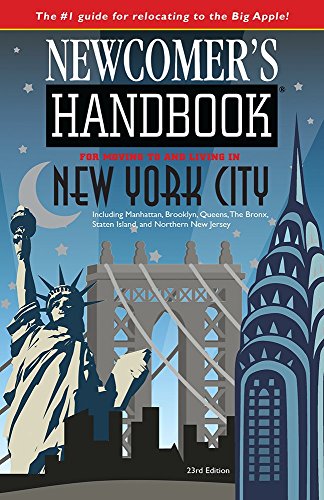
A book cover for Newcomer's Handbook for Moving to and Living in New York City: Including Manhattan, Brooklyn, Queens, The Bronx, Staten Island, and Northern New Jersey; Julie Schwietert Collazo; Travel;